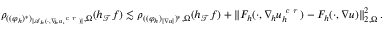
\begin{array} { r } { \begin{array} { r } { \rho _ { ( ( \varphi _ { h } ) ^ { * } ) _ { \smash { \vert \boldsymbol { \mathcal { A } } _ { h } ( \cdot , \nabla _ { \! h } u _ { h } ^ { \textit { c r } } ) \vert } } , \Omega } ( h _ { \mathcal { T } } f ) \lesssim \rho _ { ( ( \varphi _ { h } ) _ { \smash { \vert \nabla u \vert } } ) ^ { * } , \Omega } ( h _ { \mathcal { T } } f ) + \| F _ { h } ( \cdot , \nabla _ { \! h } u _ { h } ^ { \textit { c r } } ) - F _ { h } ( \cdot , \nabla u ) \| _ { 2 , \Omega } ^ { 2 } \, . } \end{array} } \end{array}